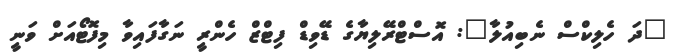
"ދަ ހެލިކްސް ނެބިއުލާ": އޮސްޓްރޭލިޔާގެ ޑޭވިޑް ފިޓްޒް ހެންރީ ނަގާފައިވާ މިފޮޓޯއަށް ވަނީ